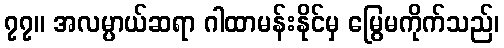
၇၇။ အလမ္ပာယ်ဆရာ ဂါထာမန်းနိုင်မှ မြွေမကိုက်သည်၊